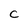
Character: C